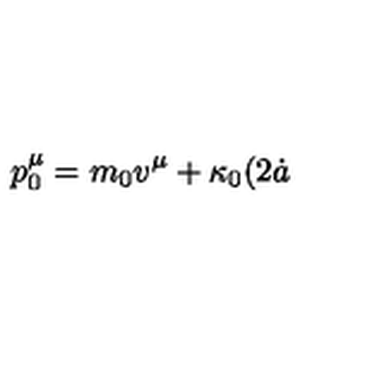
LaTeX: p _ { 0 } ^ { \mu } = m _ { 0 } v ^ { \mu } + \kappa _ { 0 } ( 2 { \dot { a } }